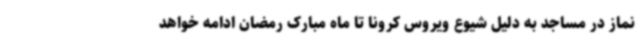
نماز در مساجد به دلیل شیوع ویروس کرونا تا ماه مبارک رمضان ادامه خواهد